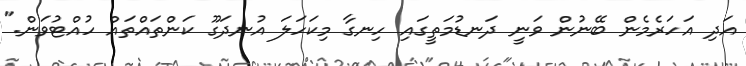
އަދި އަހަރެމެން ބޭނުން ވަނީ ދަނޑުމަތީގައި ހިނގާ މިކަހަލަ އުނދަގޫ ކަންތައްތައް ހުއްޓުވަން."